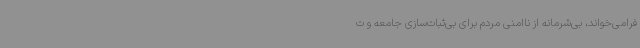
فرامی‌خواند، بی‌شرمانه از ناامنی مردم برای بی‌ثبات‌سازی جامعه و ت